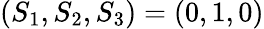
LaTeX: (S_{1},S_{2},S_{3})=(0,1,0)